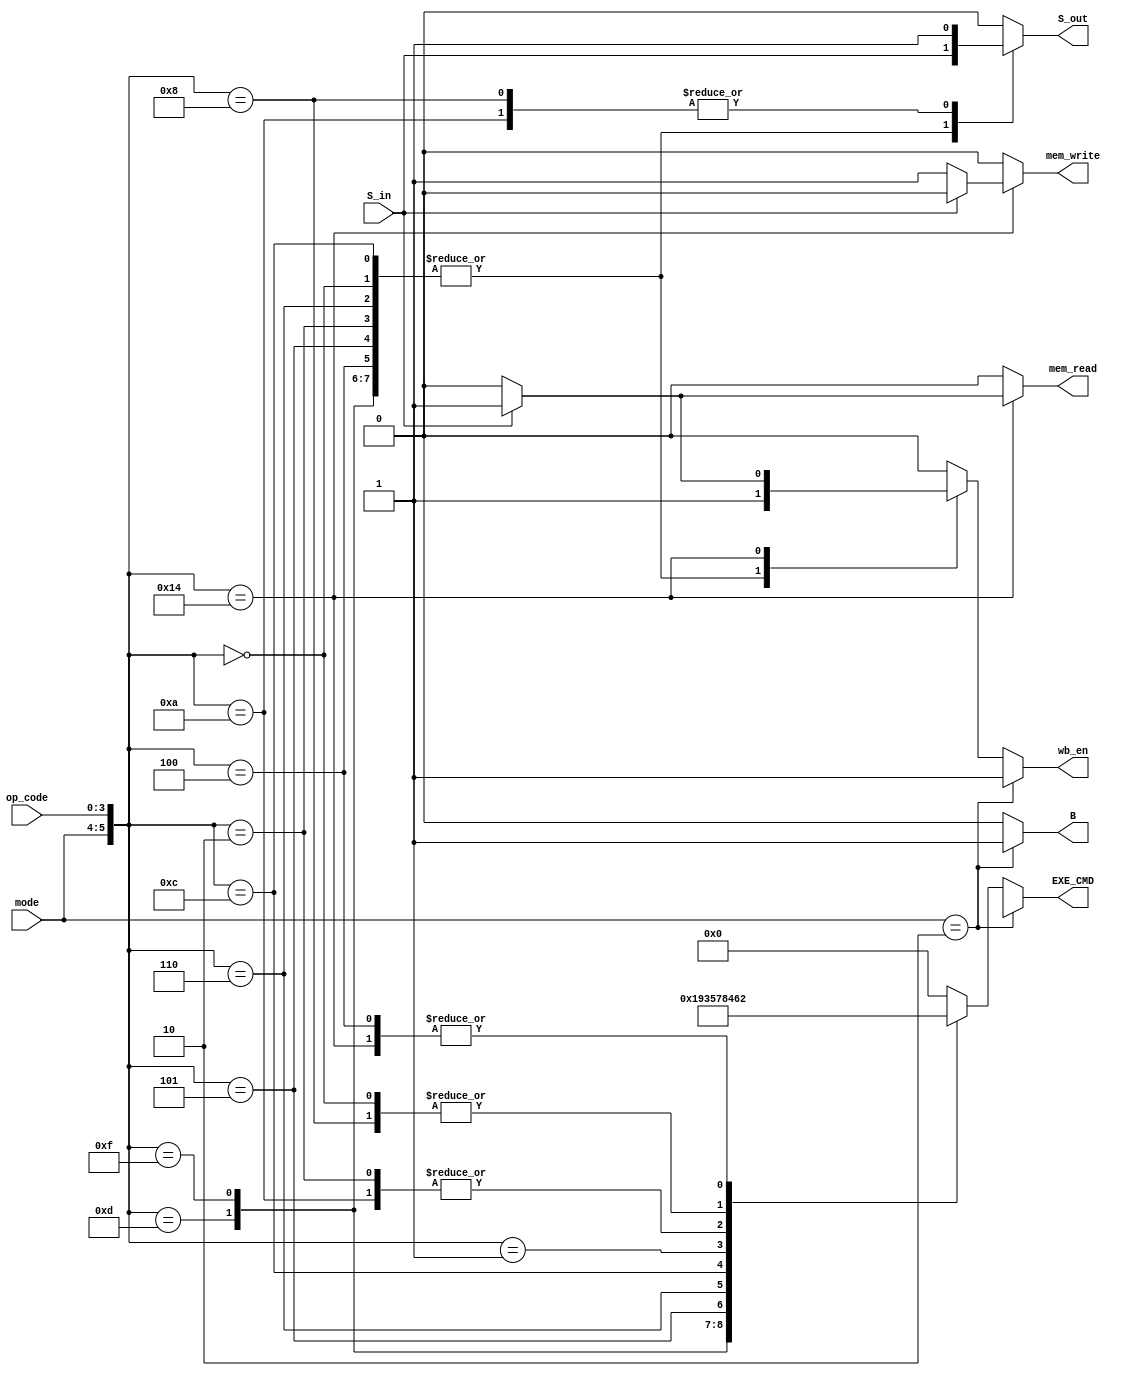
module Control_Unit(
    input [1:0] mode,
    input [3:0] op_code, 
    input S_in, 
    output reg [3:0] EXE_CMD, 
    output reg mem_read, mem_write, wb_en, S_out, B
    );

    always @(mode, op_code, S_in) begin
        EXE_CMD <= 0;
        mem_read <= 0;
        mem_write <= 0;
        wb_en <= 0;
        S_out <= 0;
        B <= 0;
		case ({mode, op_code})
            6'b001101: begin S_out <= S_in; EXE_CMD <= 4'b0001; wb_en <= 1'b1; end //MOV
            6'b001111: begin S_out <= S_in; EXE_CMD <= 4'b1001; wb_en <= 1'b1; end //MVN

            6'b000100: begin S_out <= S_in; EXE_CMD <= 4'b0010; wb_en <= 1'b1; end //ADD
            6'b000101: begin S_out <= S_in; EXE_CMD <= 4'b0011; wb_en <= 1'b1; end //ADC
            6'b000010: begin S_out <= S_in; EXE_CMD <= 4'b0100; wb_en <= 1'b1; end //SUB
            6'b000110: begin S_out <= S_in; EXE_CMD <= 4'b0101; wb_en <= 1'b1; end //SBC

            6'b000000: begin S_out <= S_in; EXE_CMD <= 4'b0110; wb_en <= 1'b1; end //AND
            6'b001100: begin S_out <= S_in; EXE_CMD <= 4'b0111; wb_en <= 1'b1; end //OR
            6'b000001: begin S_out <= S_in; EXE_CMD <= 4'b1000; wb_en <= 1'b1; end //EOR

            6'b001010: begin S_out <= 1'b1; EXE_CMD <= 4'b0100; end //CMP
            6'b001000: begin S_out <= 1'b1; EXE_CMD <= 4'b0110; end //TST

            6'b010100: 
                begin 
                    if (S_in) begin mem_read <= 1'b1; EXE_CMD <= 4'b0010; wb_en <= 1'b1; end //LDR
                    else begin mem_write <= 1'b1; EXE_CMD <= 4'b0010; end //STR
                end
		endcase
		if (mode == 2'b10) begin //B
			wb_en <= 1'b1; 
            B <= 1'b1; 
            EXE_CMD <= 4'bxxxx;
		end
    end
endmodule